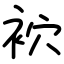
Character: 袕